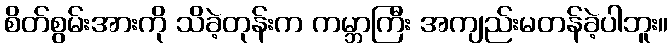
စိတ်စွမ်းအားကို သိခဲ့တုန်းက ကမ္ဘာကြီး အကျည်းမတန်ခဲ့ပါဘူး။